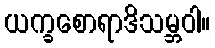
ယက္ခစောရာဒိသမ္ဘဝါ။